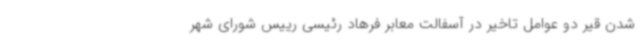
شدن قیر دو عوامل تاخیر در آسفالت معابر فرهاد رئیسی رییس شورای شهر